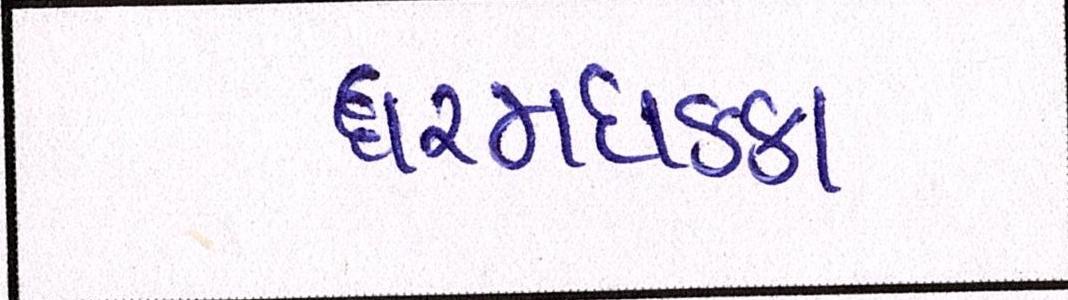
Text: ધરમધકકા